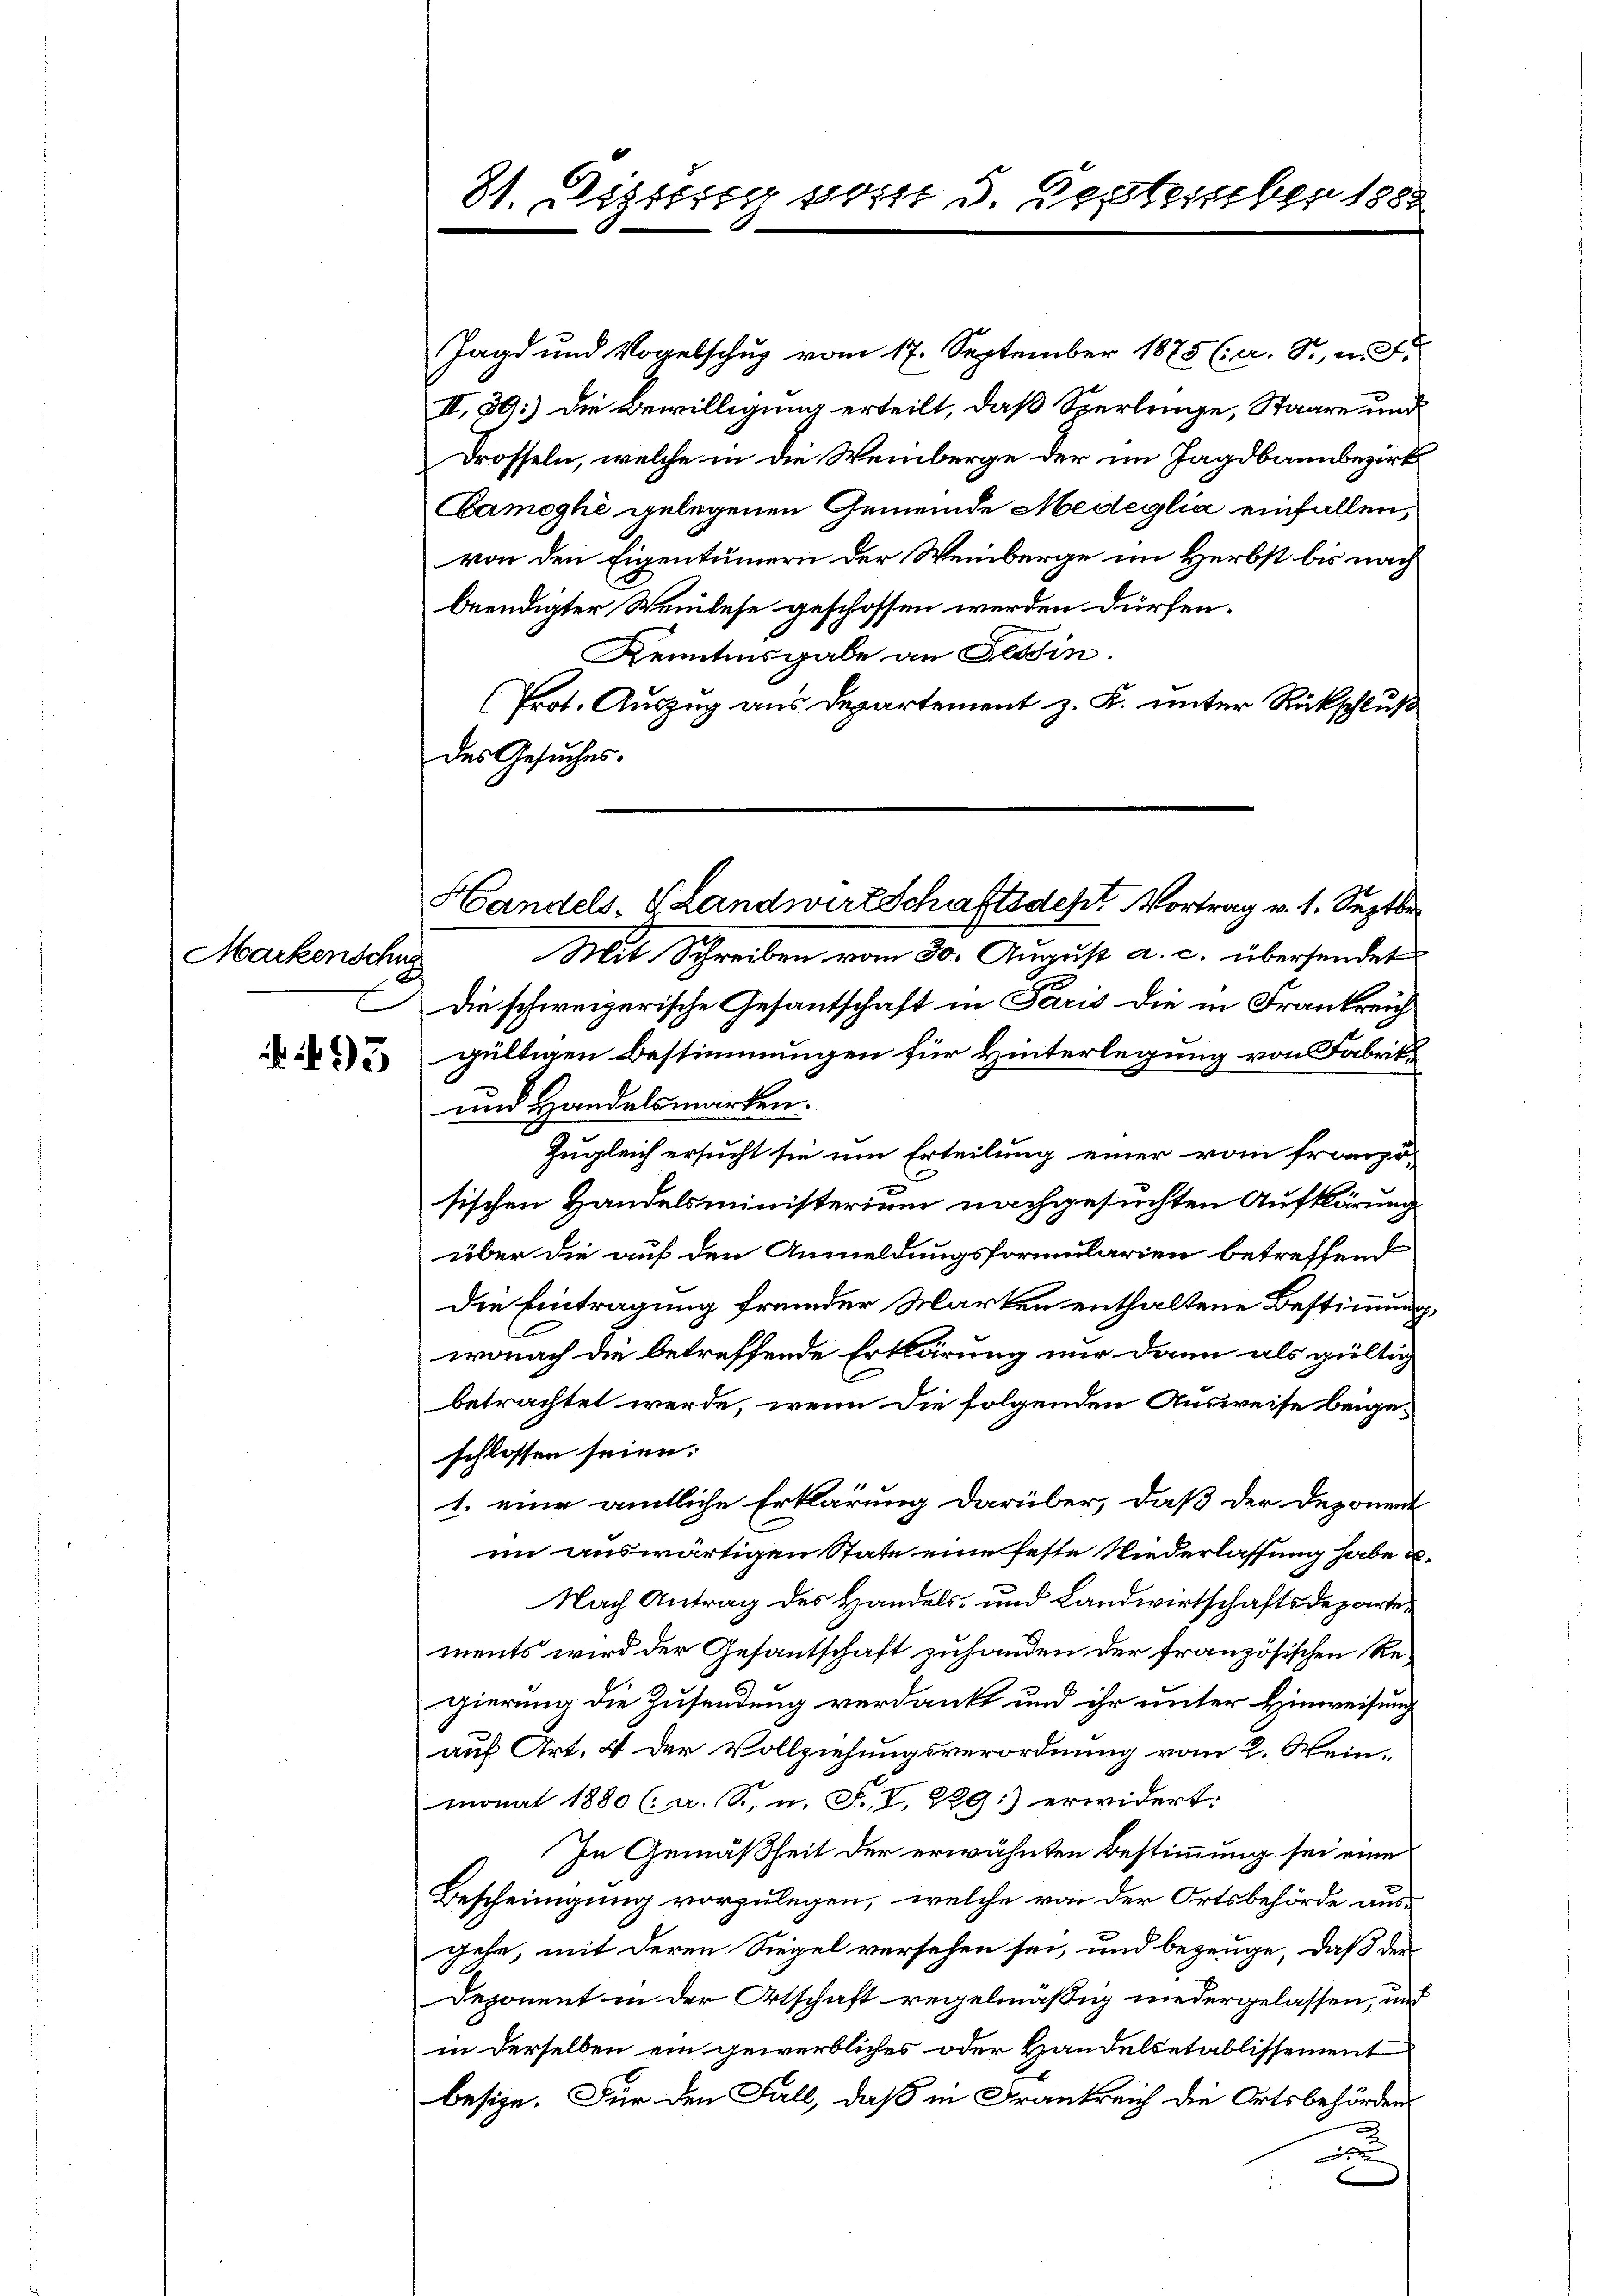
Markenschug
m
.
93

81. Dezessig vom 5. September 1882

Jagd und Vogelschuz vom 17. September 1875 (a. Sr. E
II. 39.) Die Bewilligung erteilt, daß Sperlinge, Staare und
Drosseln, welche in die Weinberge der im Jagdbannbezirk
Bamoghe gelegenen Gemeinde Medeglia einfallen,
von den Eigentümern der Weinberge im Herbst bis nach
beendigter Weinlese geschossen werden dürfen.
Kenntnisgabe an Tessin
(Prot. Auszug aus Departement z. K. unter Rückschluß
des Gesuches.
Mit Schreiben vom 30. August a. c. übersendet
Die schweizerische Gesantschaft in Paris die in Frankreich
gültigen Bestimmungen für Hinterlegung von Fabrik
und Handelsmarken.
Zugleich ersucht sie um Erteilung einer vom franzö-
sischen Handelsministerium nachgesuchten Aufklärung
über die auf den Anmeldungsformularien betreffend
die Eintragung fremder Marken enthaltene Bestimmung
wonach die betreffende Erklärung nur dann als gültig
betrachtet werde, wenn die folgenden Ausweise beigeschlossen seien.
1. eine amtliche Erklärung darüber, daß der Deponent
im auswärtigen State eine feste Niederlassung habe u.
Nach Antrag des Handels- und Landwirtschaftsdepartements wird der Gesantschaft zuhanden der französischen Regierung die Zusendung verdankt und ihr unter Hinweisung
auf Art. 4 der Vollziehungsverordnung vom 2. Wein,
monat 1880 (a. S. u. F. V. 229:) erwidert:
In Gemäßheit der erwähnten Bestimmung sei eine
Bescheinigung vorzulegen, welche von der Ortsbehörde ausgehe, mit deren Siegel versehen sei, und bezeuge, daß der
Deponent in der Ortschaft regelmäßig niedergelassen, und
in derselben ein gewerbliches oder Handelsetablissement
besize. Für den Fall, daß in Frankreich die Ortsbehörden.
D

Handels. Landwirtschaftsdest. Vortrag v. 1. Septbr